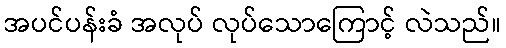
အပင်ပန်းခံ အလုပ် လုပ်သောကြောင့် လဲသည်။